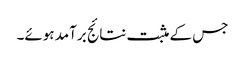
جس کے مثبت نتائج برآمد ہوئے۔